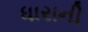
ધારાની